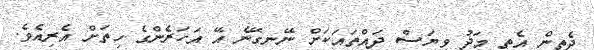
ދެތިން އެތި މަދު ވިޔަސް ދައްތައަކަށް ނޭނގޭނެ އޭ އަހަރެންގެ ހިތަށް އެރިއެވެ.